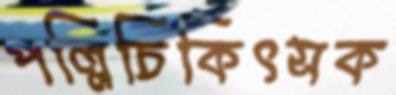
পল্লিচিকিৎসক